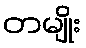
တမျိုး